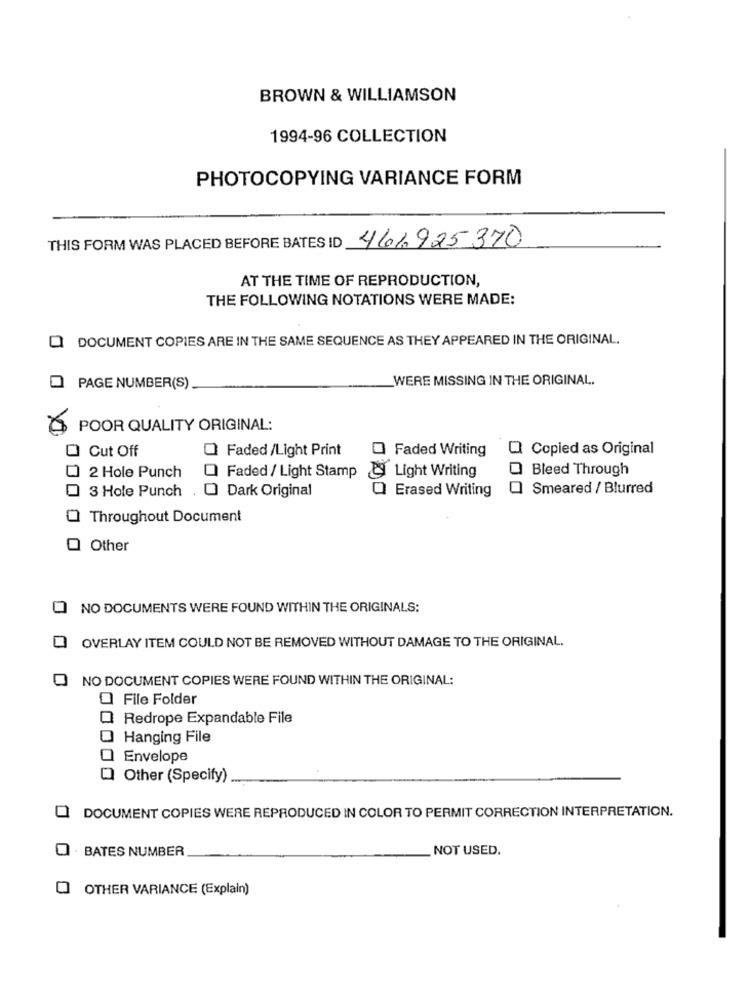
BROWN & WILLIAMSON
1994-96 COLLECTION
PHOTOCOPYING VARIANCE FORM
THIS FORM WAS PLACED BEFORE BATES ID 461.925370
AT THE TIME OF REPRODUCTION,
THE FOLLOWING NOTATIONS WERE MADE:
DOCUMENT COPIES ARE IN THE SAME SEQUENCE AS THEY APPEARED IN THE ORIGINAL.
WERE MISSING IN THE ORIGINAL.
PAGE NUMBER(S)
POOR QUALITY ORIGINAL:
D Cut Off
Faded /Light Print
O Faded Writing
Copied as Original
& Light Writing
Bleed Through
2 Hole Punch
Faded / Light Stamp
Dark Original
Q Erased Writing
Smeared / Blurred
3 Hole Punch
Throughout Document
Other
O NO DOCUMENTS WERE FOUND WITHIN THE ORIGINALS:
OVERLAY ITEM COULD NOT BE REMOVED WITHOUT DAMAGE TO THE ORIGINAL.
NO DOCUMENT COPIES WERE FOUND WITHIN THE ORIGINAL:
File Folder
Redrope Expandable File
Hanging File
Envelope
Other (Specify)
DOCUMENT COPIES WERE REPRODUCED IN COLOR TO PERMIT CORRECTION INTERPRETATION.
· BATES NUMBER
NOT USED.
O OTHER VARIANCE (Explain)